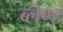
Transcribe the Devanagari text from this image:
ब्लेण्ड